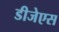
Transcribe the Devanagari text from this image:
डीजेएस